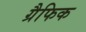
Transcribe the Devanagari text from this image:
ग्रैफिक